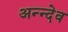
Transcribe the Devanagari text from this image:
अन्न्देव